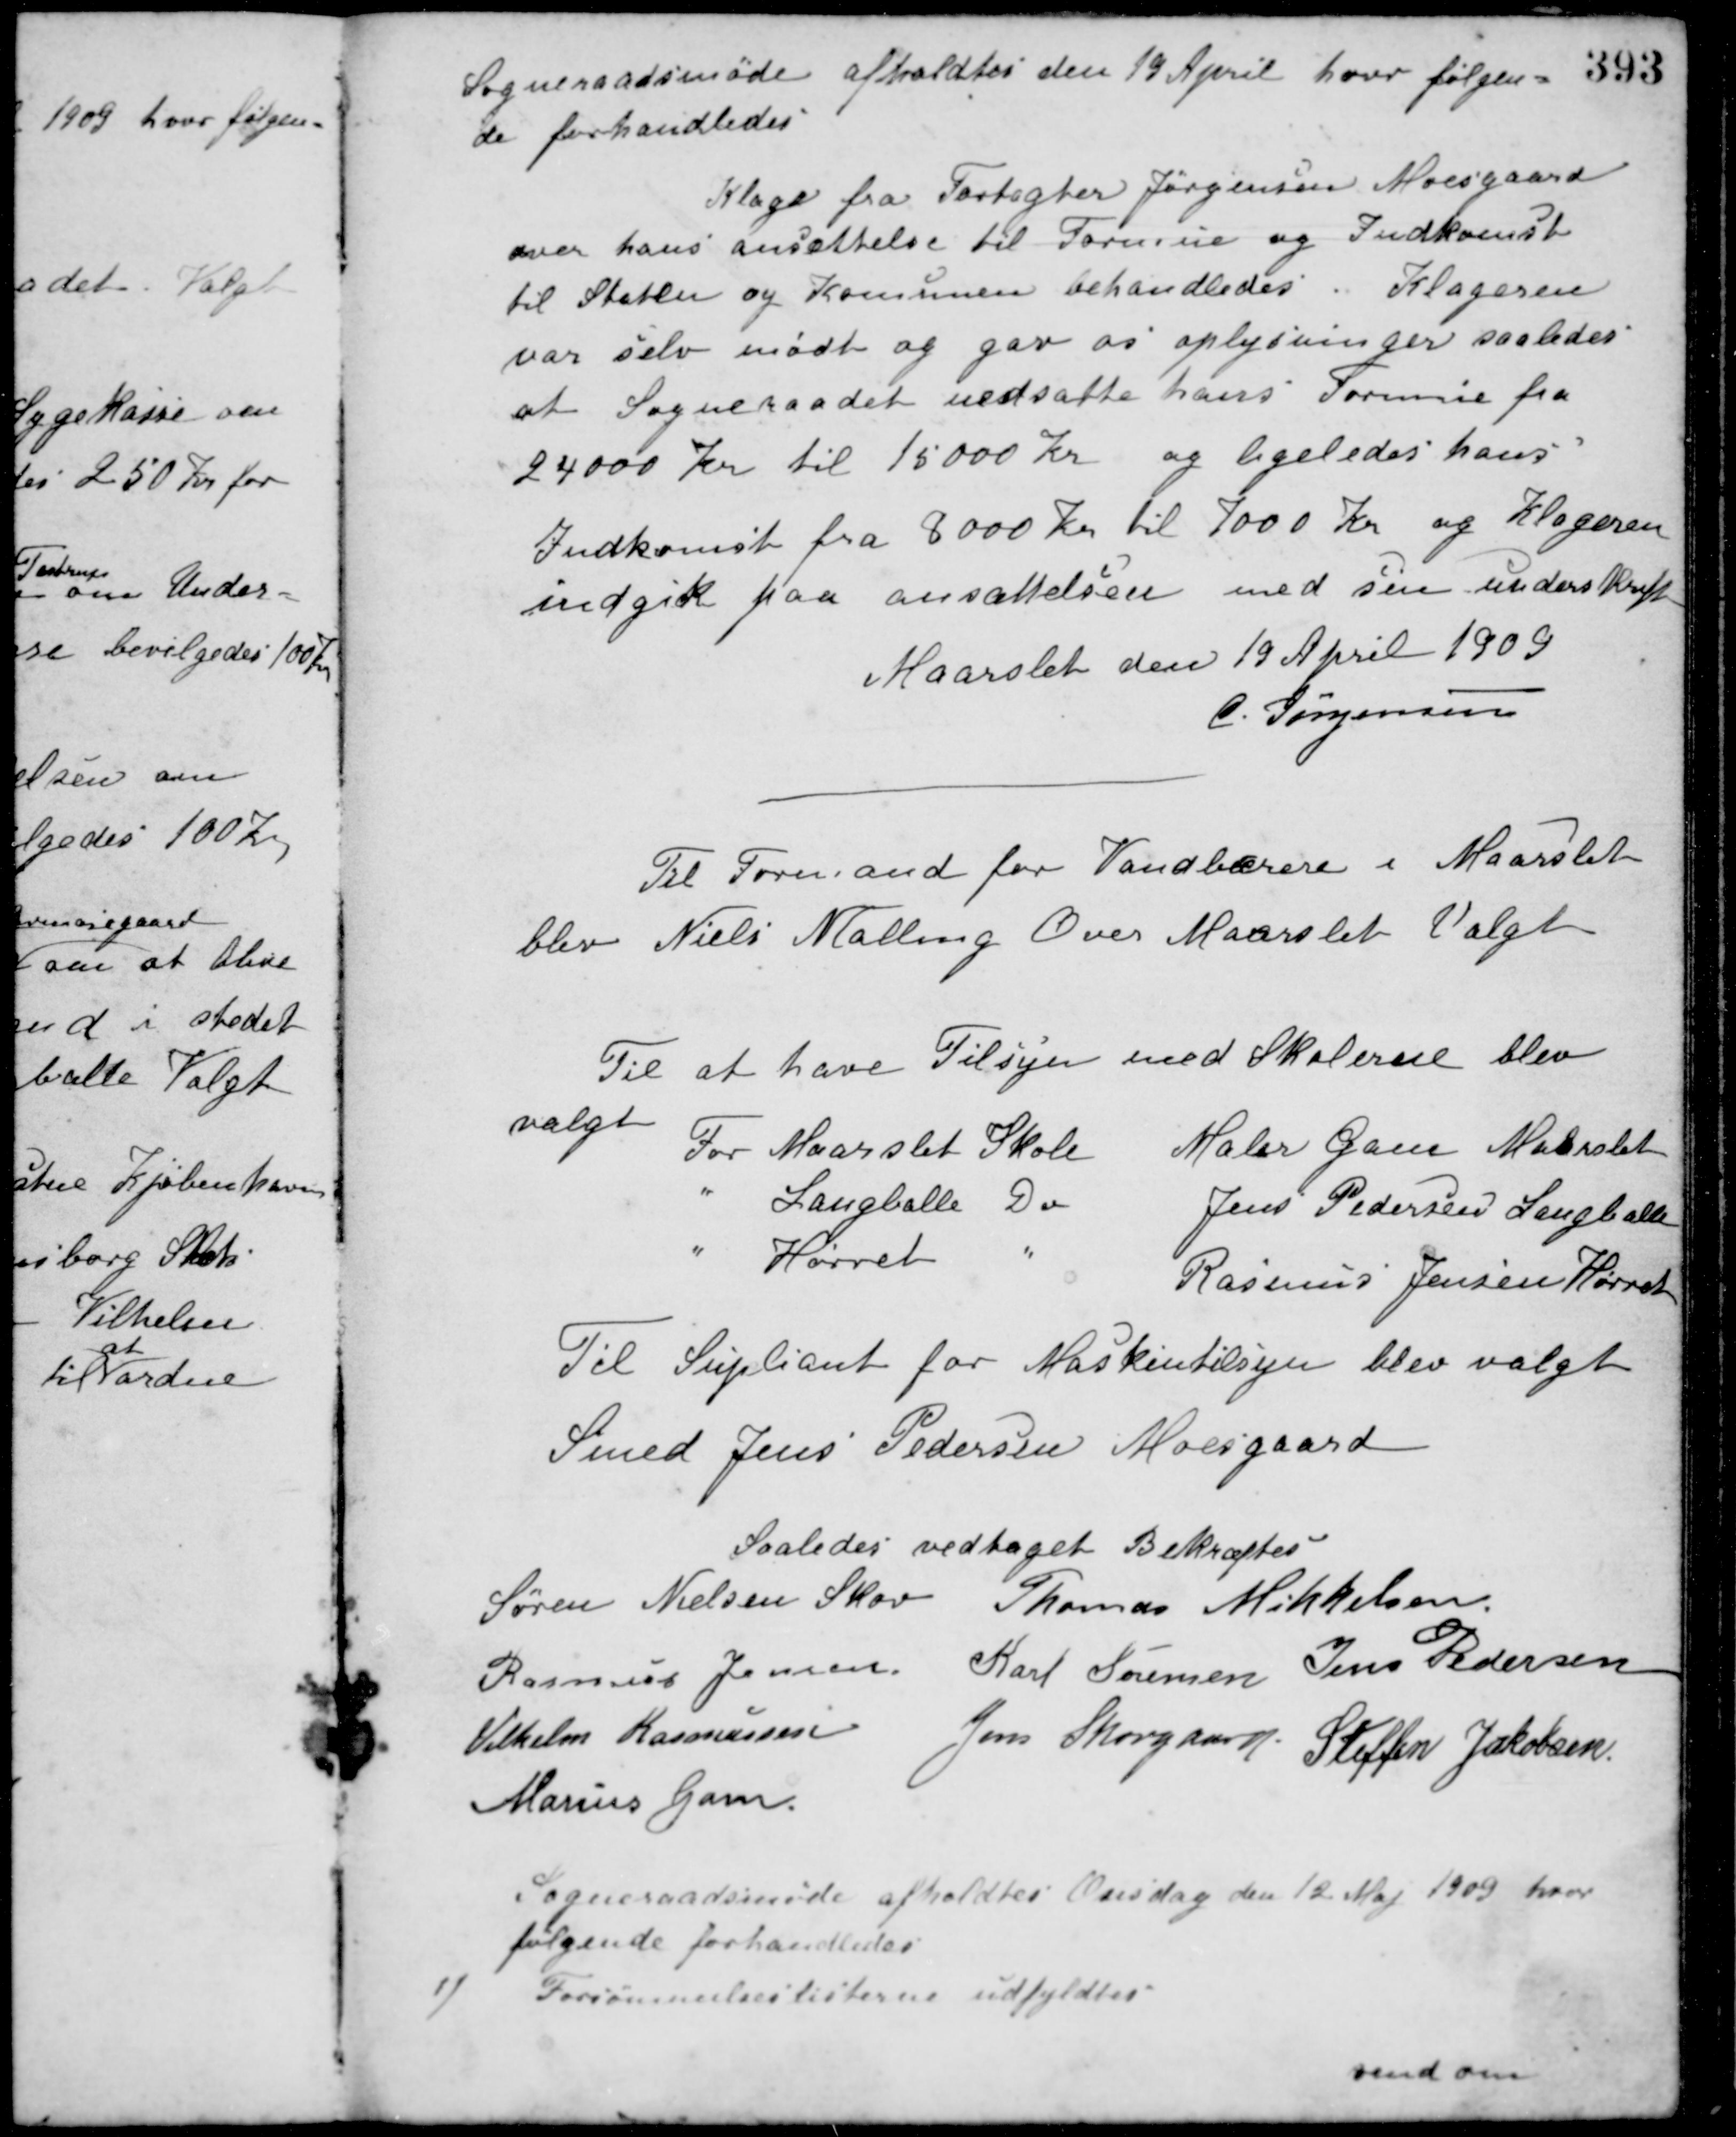
Transskription:
Sogneraadsmøde afholdtes den 19 April hvor følgen-
de forhandledes.
Klage fra Forpagter Jørgensen Moesgaard
over hans ansættelse til Formue og Indkomst
til Staten og Komunen behandledes. Klageren
var selv mødt og gav os oplysninger saaledes
at Sogneraadet nedsatte hans Formue fra
24000 Kr. til 15000 Kr. og ligeledes hans
Indkomst fra 8000 Kr. til 7000 Kr. og Klageren
indgik paa ansættelsen med sin underskrift.
Maarslet den 19 April 1909
C. Jørgensen
Til Formand for Vandbærere i Maarslet
blev Niels Malling Over Maarslet Valgt
Til at have Tilsyn med Skolerne blev
valgt
For Maarslet Skole Maler Gam Maarslet
" Langballe Do Jens Pedersen Langballe
" Hørret Do Rasmus Jensen Hørret
Til Supliant for Maskintilsyn blev valgt
Smed Jens Pedersen Moesgaard
Saaledes vedtaget Bekræftes
Søren Nielsen Skov Thomas Mikkelsen
Rasmus Jensen Karl Sørensen Jens Pedersen
Vilhelm Rasmussen Jens Skovgaard Steffen Jakobsen
Marius Gam
Sogneraadsmøde afholdtes Onsdag den 12 Maj 1909 hvor
følgende forhandledes
1) Forsømmelseslisterne udfyldtes
vend om